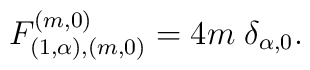
F^{(m,0)}_{(1,\alpha),(m,0)}=4m\;\delta_{\alpha,0}.